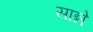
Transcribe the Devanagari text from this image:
सान्ने